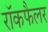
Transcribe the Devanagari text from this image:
रॉकफैलर